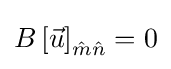
{B\left[{\vec {u}}\right]}_{{\hat {m}}{\hat {n}}}=0